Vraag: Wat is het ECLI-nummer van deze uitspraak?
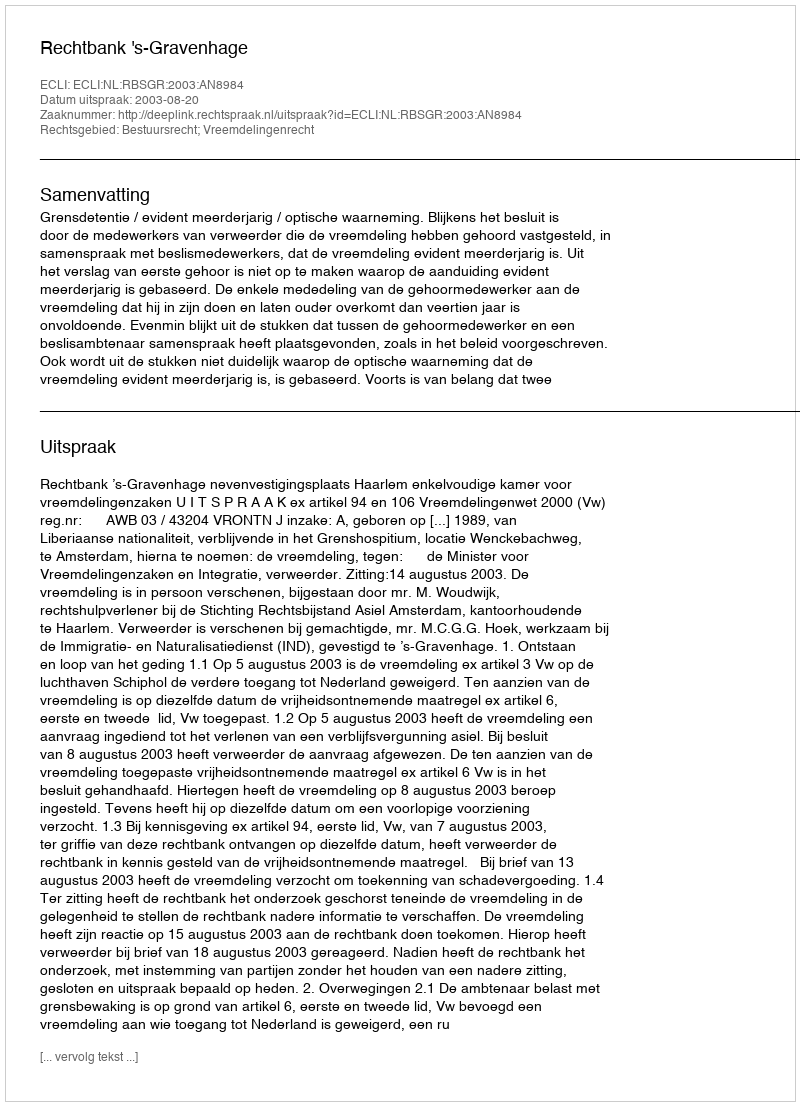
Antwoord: ECLI:NL:RBSGR:2003:AN8984